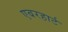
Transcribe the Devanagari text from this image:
एबरहार्ट